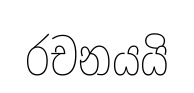
රචනයයි